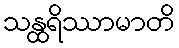
သန္ထရိဿာမာတိ